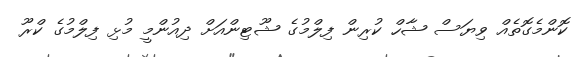
ކޮންމެގޮތެއް ވިޔަސް ޝާހް ކުރިން ފިލްމުގެ ޝޫޓިންއަށް ދިއުންމީ މުޅި ފިލްމުގެ ކްރޫ